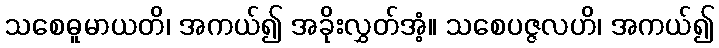
သစေဓူမာယတိ၊ အကယ်၍ အခိုးလွှတ်အံ့။ သစေပဇ္ဇလဟိ၊ အကယ်၍